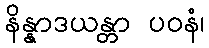
နိန္နာဒယန္တာ ပဝနံ၊